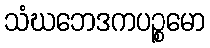
သံဃဘေဒကပဉ္စမော